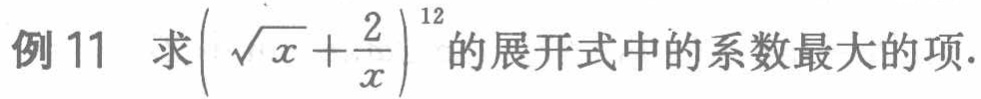
例11 求\((\sqrt{x}+\frac{2}{x})^{12}\)的展开式中的系数最大的项.